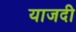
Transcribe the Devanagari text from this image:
याजदी